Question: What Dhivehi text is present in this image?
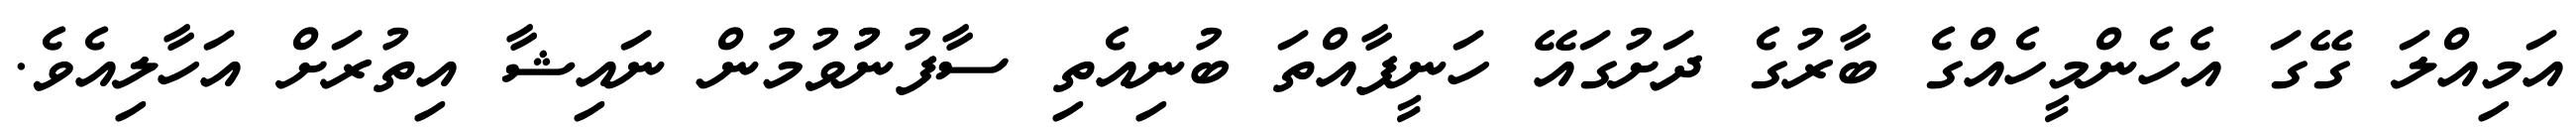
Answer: އަމިއްލަ ގޭގަ އެހެންމީހެއްގެ ބާރުގެ ދަށުގައޭ ހަނީފާއްތަ ބުނިއެތި ސާފުނުުވުމުން ނައިޝާ އިތުރަށް އަހާލިއެވެ.